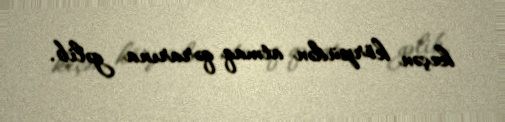
keçən körpüdən atmaq qərarına gəlib.